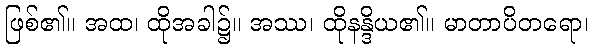
ဖြစ်၏။ အထ၊ ထိုအခါ၌။ အဿ၊ ထိုနန္ဒိယ၏။ မာတာပိတရော၊